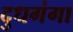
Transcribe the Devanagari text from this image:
दुधगंगा